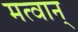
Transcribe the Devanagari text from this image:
मत्वान्